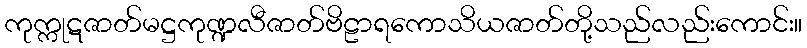
ကုက္ကုဋဇာတ်မဋ္ဌကုဏ္ဍလီဇာတ်ဗိဠာရကောသိယဇာတ်တို့သည်လည်းကောင်း။